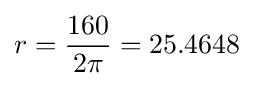
r={\frac {160}{2\pi }}=25.4648